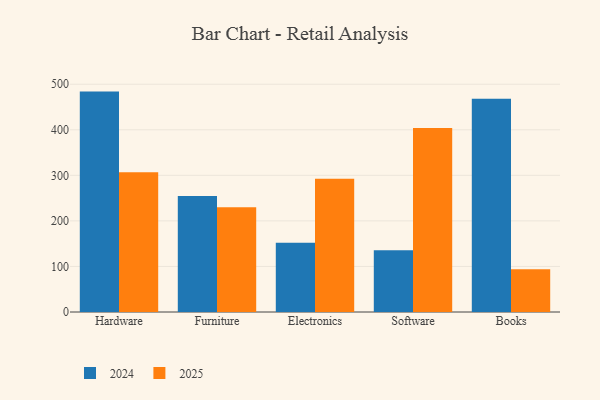
{"axis": {"x": "Category", "y": "Temperature (°C)"}, "legend": ["2024", "2025"], "data": [{"x": "Hardware", "y": 483.8, "type": "2024"}, {"x": "Hardware", "y": 306.8, "type": "2025"}, {"x": "Furniture", "y": 254.8, "type": "2024"}, {"x": "Furniture", "y": 229.8, "type": "2025"}, {"x": "Electronics", "y": 152.0, "type": "2024"}, {"x": "Electronics", "y": 292.5, "type": "2025"}, {"x": "Software", "y": 135.4, "type": "2024"}, {"x": "Software", "y": 403.7, "type": "2025"}, {"x": "Books", "y": 468.1, "type": "2024"}, {"x": "Books", "y": 93.6, "type": "2025"}]}